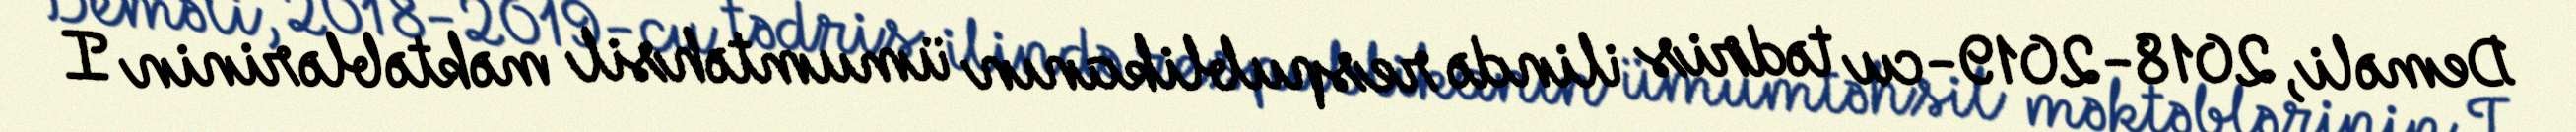
Deməli, 2018-2019-cu tədris ilində respublikanın ümumtəhsil məktəblərinin I